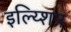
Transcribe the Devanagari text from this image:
इल्य्शिन